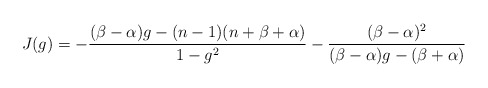
\begin{align*}J(g)=-\frac{(\beta-\alpha)g-(n-1)(n+\beta+\alpha)}{1-g^2}-\frac{(\beta-\alpha)^2}{(\beta-\alpha)g-(\beta+\alpha)}\end{align*}